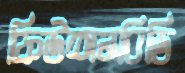
ফিউশনবিডি